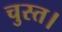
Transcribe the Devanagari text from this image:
चुस्त।